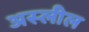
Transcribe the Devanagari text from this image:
अस्लील